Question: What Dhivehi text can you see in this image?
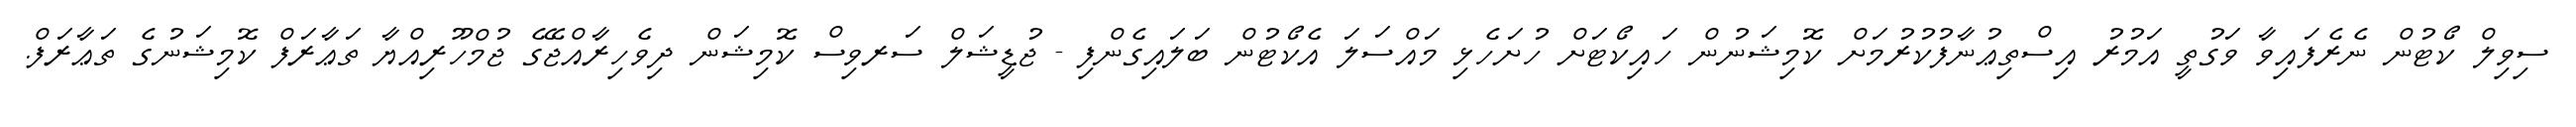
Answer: ސިވިލް ކޯޓުން ނެރެފައިވާ ވަގުތީ އަމުރު އިސްތިޢުނާފުކުރުމަށް ކޮމިޝަނުން ހައިކޯޓަށް ހުށަހެޅި މައްސަލަ އެކޯޓުން ބަލައިގެންފި - ޖުޑީޝަލް ސަރވިސް ކޮމިޝަން ދިވެހިރާއްޖޭގެ ޖުމްހޫރިއްޔާ ތަޢާރަފް ކޮމިޝަނުގެ ތަޢާރަފް.